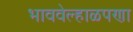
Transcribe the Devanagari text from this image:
भाववेल्हाळपणा